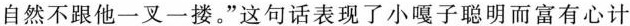
自然不跟他一叉一搂。”这句话表现了小嘎子聪明而富有心计